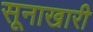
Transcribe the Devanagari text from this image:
सूनाखारी